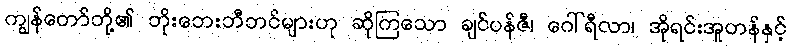
ကျွန်တော်တို့၏ ဘိုးဘေးဘီဘင်များဟု ဆိုကြသော ချင်ပန်ဇီ၊ ဂေါ်ရီလာ၊ အိုရင်းအူတန်နှင့်